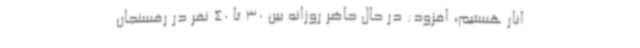
انار هستیم، افزود: در حال حاضر روزانه بین 30 تا 40 نفر در رفسنجان